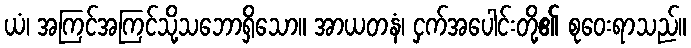
ယံ၊ အကြင်အကြင်သို့သဘောရှိသော။ အာယတနံ၊ ငှက်အပေါင်းတို့၏ စုဝေးရာသည်။